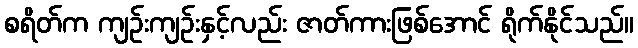
စရိတ်က ကျဉ်းကျဉ်းနှင့်လည်း ဇာတ်ကားဖြစ်အောင် ရိုက်နိုင်သည်။